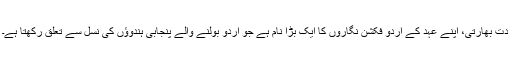
دت بھارتی، اپنے عہد کے اردو فکشن نگاروں کا ایک بڑا نام ہے جو اردو بولنے والے پنجابی ہندوؤں کی نسل سے تعلق رکھتا ہے۔